Leaving Certificate Examination (including Day School Certificate (Higher) General paper), 1938
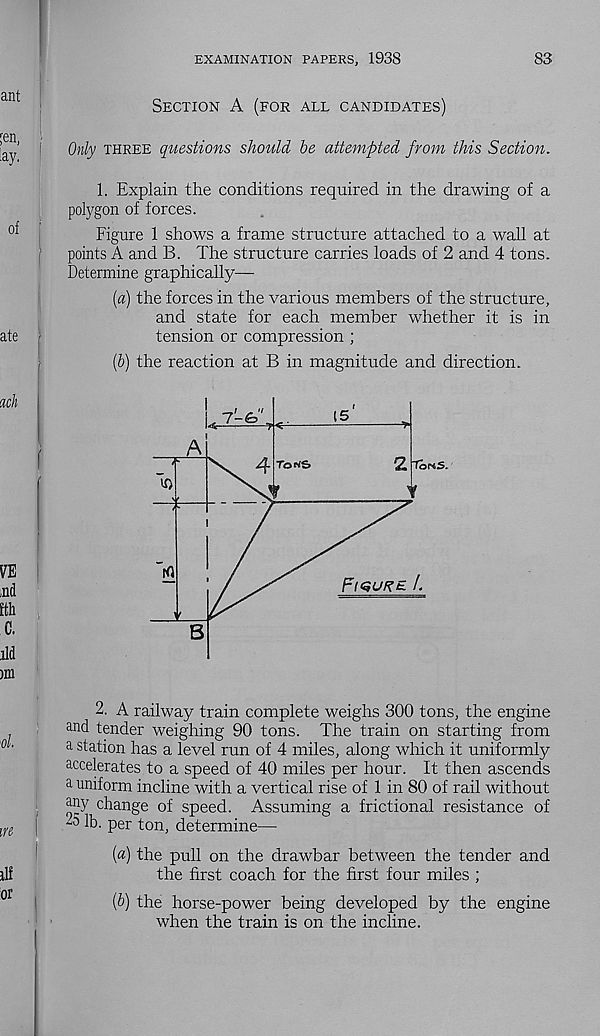
EXAMINATION PAPERS, 1938
83
Section A (for all candidates)
Only three questions should be attempted from this Section.
1. Explain the conditions required in the drawing of a
polygon of forces.
Figure 1 shows a frame structure attached to a wall at
points A and B. The structure carries loads of 2 and 4 tons.
Determine graphically—
[a) the forces in the various members of the structure,
and state for each member whether it is in
tension or compression ;
[b) the reaction at B in magnitude and direction.
2. A railway train complete weighs 300 tons, the engine
and tender weighing 90 tons. The train on starting from
a station has a level run of 4 miles, along which it uniformly
accelerates to a speed of 40 miles per hour. It then ascends
a uniform incline with a vertical rise of 1 in 80 of rail without
any change of speed. Assuming a frictional resistance of
|
^
per ton, determine—
(«) the pull on the drawbar between the tender and
the first coach for the first four miles ;
(b) the horse-power being developed by the engine
when the train is on the incline.